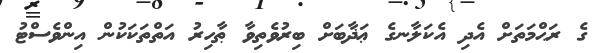
ގެ ރަޙްމަތަށް އެދި އެކަލާނގެ ޢަޛާބަށް ބިރުވެތިވާ ޠާހިރު އަތްތަކަކުން އިންވެސްޓު